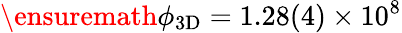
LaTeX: \ensuremath{\phi_{\mathrm{3D}}}=1.28(4)\times 10^{8}